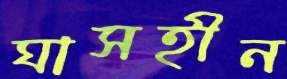
ঘাসহীন